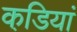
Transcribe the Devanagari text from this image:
कडि़यां